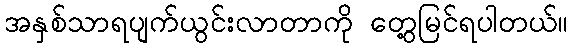
အနှစ်သာရပျက်ယွင်းလာတာကို တွေ့မြင်ရပါတယ်။